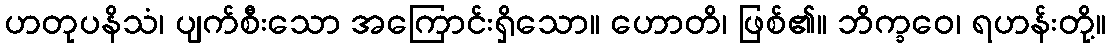
ဟတုပနိသံ၊ ပျက်စီးသော အကြောင်းရှိသော။ ဟောတိ၊ ဖြစ်၏။ ဘိက္ခဝေ၊ ရဟန်းတို့။